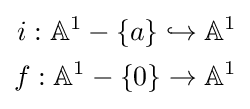
{\begin{aligned}i:\mathbb {A} ^{1}-\{a\}\hookrightarrow \mathbb {A} ^{1}\\f:\mathbb {A} ^{1}-\{0\}\to \mathbb {A} ^{1}\end{aligned}}